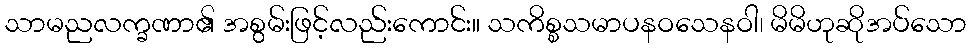
သာမညလက္ခဏာ၏ အစွမ်းဖြင့်လည်းကောင်း။ သကိစ္စသမာပနဝသေနဝါ၊ မိမိဟုဆိုအပ်သော